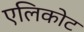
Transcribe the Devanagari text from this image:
एलिकोट